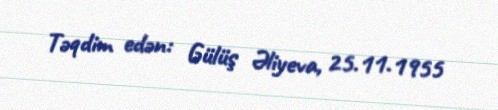
Təqdim edən: Gülüş Əliyeva, 25.11.1955